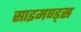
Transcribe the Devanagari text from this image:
साइमण्ड्स